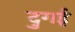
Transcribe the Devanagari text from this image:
दुगई